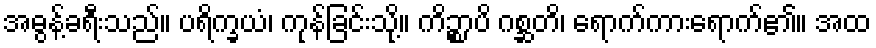
အဓွန့်ခရီးသည်။ ပရိက္ခယံ၊ ကုန်ခြင်းသို့။ ကိဉ္စာပိ ဂစ္ဆတိ၊ ရောက်ကားရောက်၏။ အထ